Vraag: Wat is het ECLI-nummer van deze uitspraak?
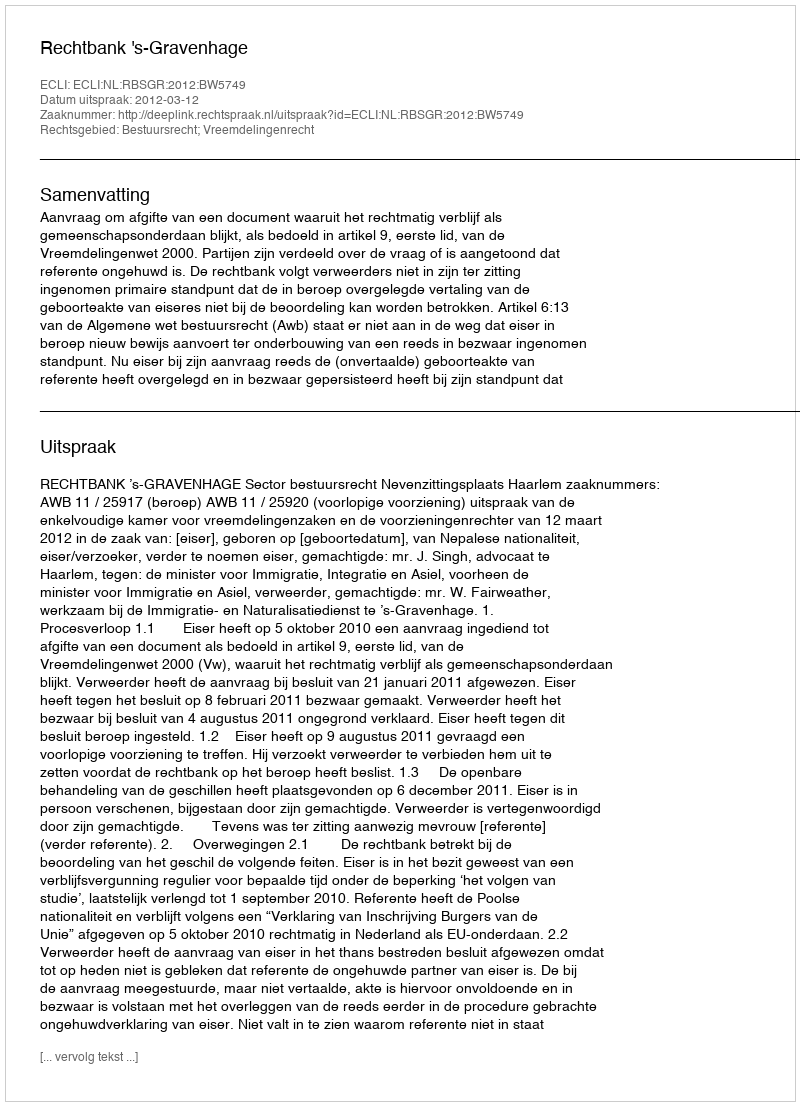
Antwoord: ECLI:NL:RBSGR:2012:BW5749